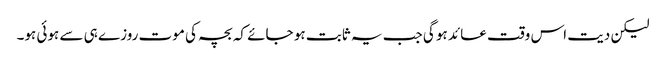
لیکن دیت اس وقت عائد ہو گی جب یہ ثابت ہو جائے کہ بچہ کی موت روزے ہی سے ہوئی ہو۔